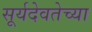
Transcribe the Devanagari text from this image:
सूर्यदेवतेच्या